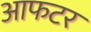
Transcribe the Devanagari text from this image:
आफटर